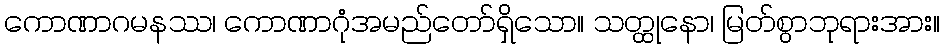
ကောဏာဂမနဿ၊ ကောဏာဂုံအမည်တော်ရှိသော။ သတ္ထုနော၊ မြတ်စွာဘုရားအား။